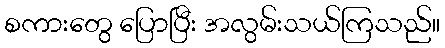
စကားတွေ ပြောပြီး အလွမ်းသယ်ကြသည်။